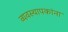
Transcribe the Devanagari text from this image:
व्यवस्थापकांना